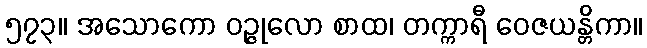
၅၇၃။ အသောကော ဝဉ္ဇုလော စာထ၊ တက္ကာရီ ဝေဇယန္တိကာ။